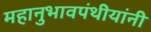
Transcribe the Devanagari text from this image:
महानुभावपंथीयांनी